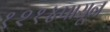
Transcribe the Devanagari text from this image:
१२१४पासून